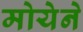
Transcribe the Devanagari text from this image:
मोयेने